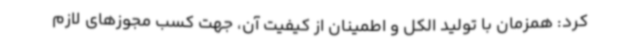
کرد: همزمان با تولید الکل و اطمینان از کیفیت آن، جهت کسب مجوزهای لازم